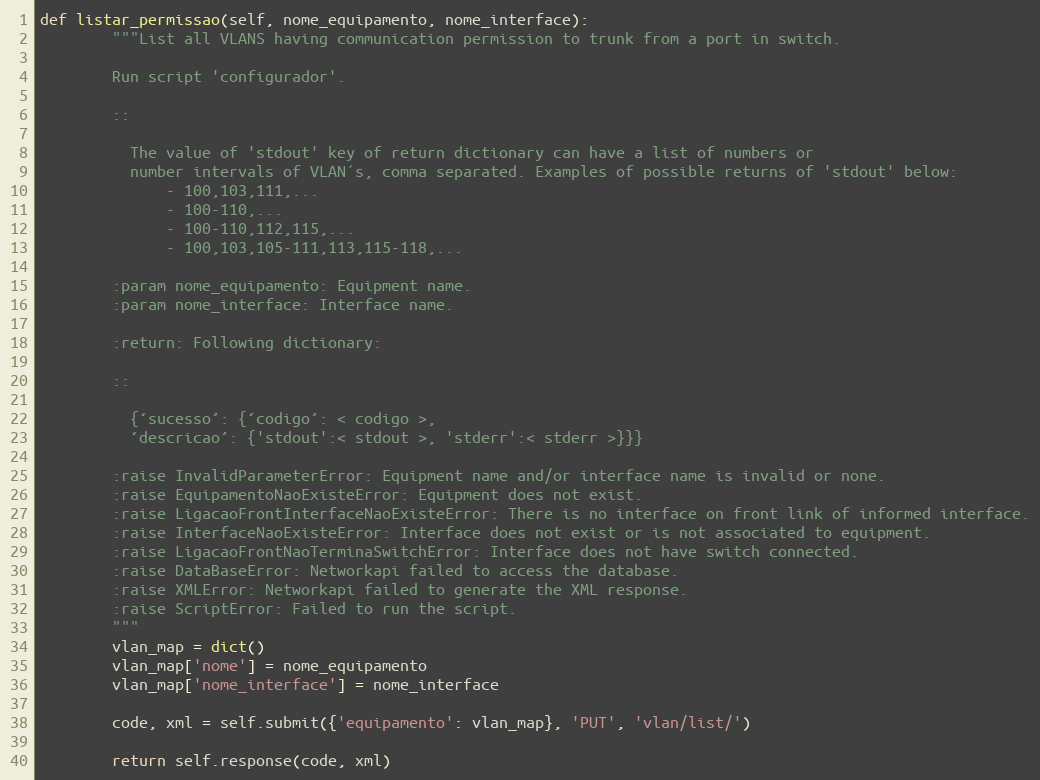
Language: Python
def listar_permissao(self, nome_equipamento, nome_interface):
        """List all VLANS having communication permission to trunk from a port in switch.

        Run script 'configurador'.

        ::

          The value of 'stdout' key of return dictionary can have a list of numbers or
          number intervals of VLAN´s, comma separated. Examples of possible returns of 'stdout' below:
              - 100,103,111,...
              - 100-110,...
              - 100-110,112,115,...
              - 100,103,105-111,113,115-118,...

        :param nome_equipamento: Equipment name.
        :param nome_interface: Interface name.

        :return: Following dictionary:

        ::

          {‘sucesso’: {‘codigo’: < codigo >,
          ‘descricao’: {'stdout':< stdout >, 'stderr':< stderr >}}}

        :raise InvalidParameterError: Equipment name and/or interface name is invalid or none.
        :raise EquipamentoNaoExisteError: Equipment does not exist.
        :raise LigacaoFrontInterfaceNaoExisteError: There is no interface on front link of informed interface.
        :raise InterfaceNaoExisteError: Interface does not exist or is not associated to equipment.
        :raise LigacaoFrontNaoTerminaSwitchError: Interface does not have switch connected.
        :raise DataBaseError: Networkapi failed to access the database.
        :raise XMLError: Networkapi failed to generate the XML response.
        :raise ScriptError: Failed to run the script.
        """
        vlan_map = dict()
        vlan_map['nome'] = nome_equipamento
        vlan_map['nome_interface'] = nome_interface

        code, xml = self.submit({'equipamento': vlan_map}, 'PUT', 'vlan/list/')

        return self.response(code, xml)